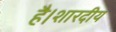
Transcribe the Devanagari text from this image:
है।शारदीय